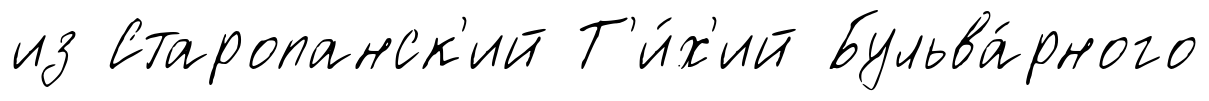
из Старопанск'ий Т'и́х'ий Бульва́рного